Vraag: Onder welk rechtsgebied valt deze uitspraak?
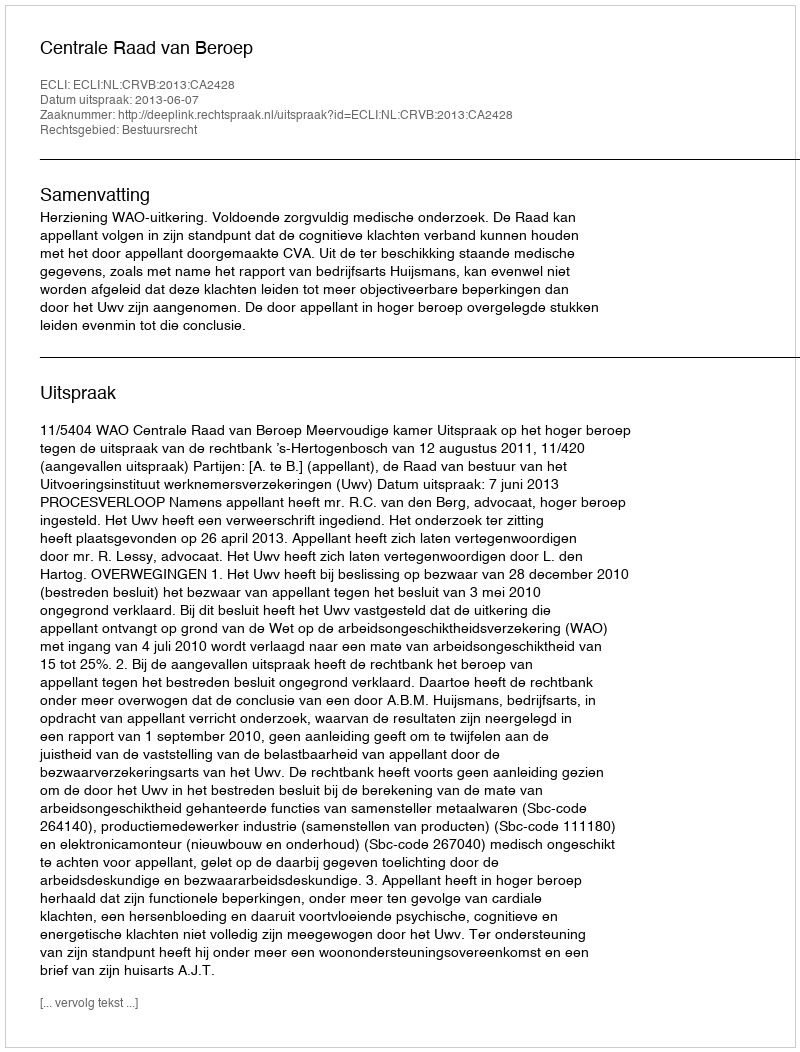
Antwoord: Bestuursrecht